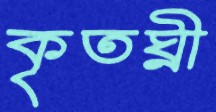
কৃতঘ্নী